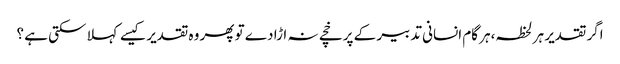
اگر تقدیر ہر لحظہ،ہر گام انسانی تدبیر کے پرخچے نہ اڑا دے تو پھر وہ تقدیر کیسے کہلا سکتی ہے ؟